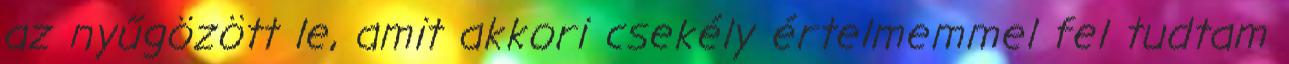
az nyűgözött le, amit akkori csekély értelmemmel fel tudtam